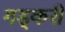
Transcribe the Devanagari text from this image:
गड्करी